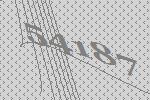
54187